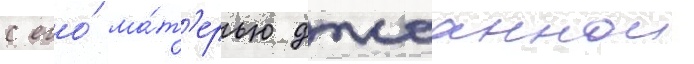
с его́ ма́т'ерью джоаннои